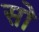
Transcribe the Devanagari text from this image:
सोे